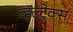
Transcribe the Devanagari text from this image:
व्हॅल्ट्रेक्स